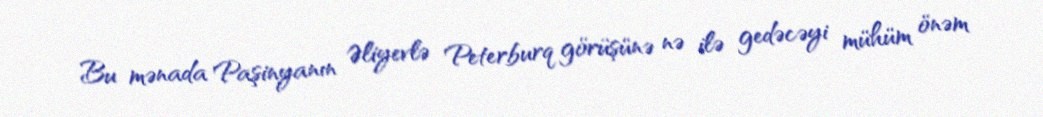
Bu mənada Paşinyanın Əliyevlə Peterburq görüşünə nə ilə gedəcəyi mühüm önəm